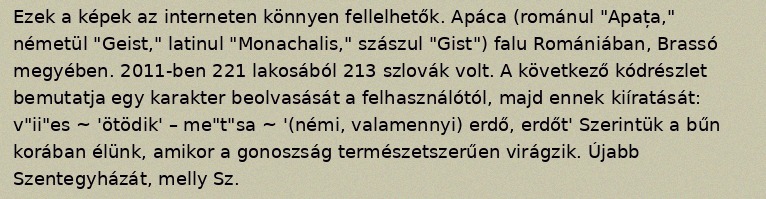
Ezek a képek az interneten könnyen fellelhetők. Apáca (románul "Apața," németül "Geist," latinul "Monachalis," szászul "Gist") falu Romániában, Brassó megyében. 2011-ben 221 lakosából 213 szlovák volt. A következő kódrészlet bemutatja egy karakter beolvasását a felhasználótól, majd ennek kiíratását: v"ii"es ~ 'ötödik' – me"t"sa ~ '(némi, valamennyi) erdő, erdőt' Szerintük a bűn korában élünk, amikor a gonoszság természetszerűen virágzik. Újabb Szentegyházát, melly Sz.